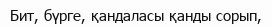
Бит, бүрге, қандаласы қанды сорып,